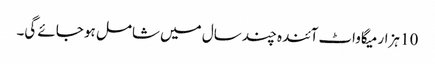
10 ہزار میگاواٹ آئندہ چند سال میں شامل ہو جائے گی۔